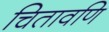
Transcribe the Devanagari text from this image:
चितावणि